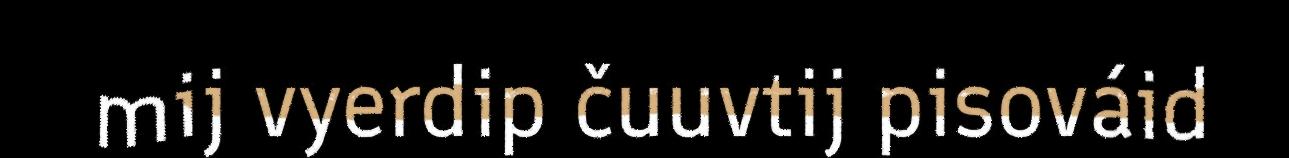
mij vyerdip čuuvtij pisováid